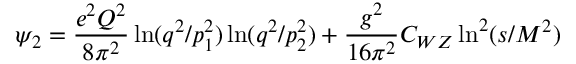
\psi _ { 2 } = \frac { e ^ { 2 } Q ^ { 2 } } { 8 \pi ^ { 2 } } \ln ( q ^ { 2 } / p _ { 1 } ^ { 2 } ) \ln ( q ^ { 2 } / p _ { 2 } ^ { 2 } ) + \frac { g ^ { 2 } } { 1 6 \pi ^ { 2 } } C _ { W Z } \ln ^ { 2 } ( s / M ^ { 2 } ) ~